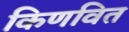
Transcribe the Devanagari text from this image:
किणवित